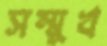
সম্মুখ